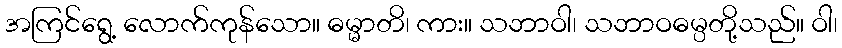
အကြင်ရွေ့ လောက်ကုန်သော။ ဓမ္မာတိ၊ ကား။ သဘာဝါ၊ သဘာဝဓမ္ပတို့သည်။ ဝါ၊